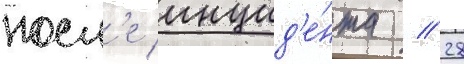
посл'е инцид'е́нта // 28